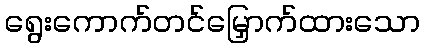
ရွေးကောက်တင်မြှောက်ထားသော